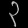
Digit: ၃